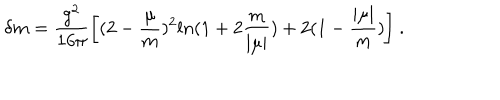
LaTeX: \delta m = \frac { g ^ { 2 } } { 1 6 \pi } \biggl [ ( 2 - \frac { \mu } { m } ) ^ { 2 } l n ( 1 + 2 \frac { m } { \mid \mu \mid } ) + 2 ( 1 - \frac { \mid \mu \mid } { m } ) \biggr ] \ .